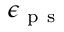
\epsilon _ { \mathrm { ~ p ~ s ~ } }